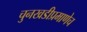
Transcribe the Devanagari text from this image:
चुनखडीप्रमाणेच